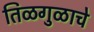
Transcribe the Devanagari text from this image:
तिळगुळाचे